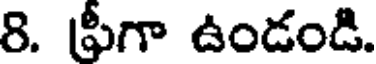
8. ఫీగా ఉండండి.